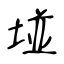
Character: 𡌶